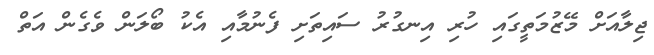
ޖިލާއަށް މޭޒުމަތީގައި ހުރި އިނގުރު ސައިތަށި ފެނުމާއި އެކު ބޯލަން ވެގެން އަތް